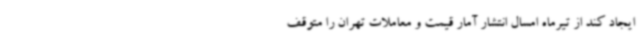
ایجاد کند از تیرماه امسال انتشار آمار قیمت و معاملات تهران را متوقف